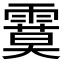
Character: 𩄻